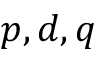
p , d , q